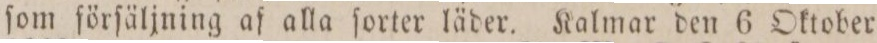
ſom förſäljning af alla ſorter läder. Kalmar den 6 Oktober